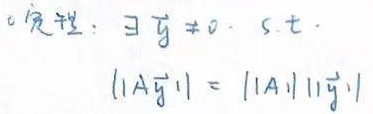
定理：$\exists \vec{y} \neq 0, \ s.t.$
\[
||A\vec{y}|| = ||A|| \ ||\vec{y}||
\]